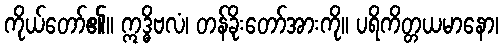
ကိုယ်တော်၏။ ဣဒ္ဓိဗလံ၊ တန်ခိုးတော်အားကို။ ပရိကိတ္တယမာနော၊